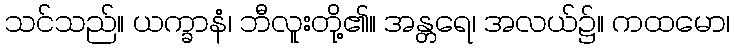
သင်သည်။ ယက္ခာနံ၊ ဘီလူးတို့၏။ အန္တရေ၊ အလယ်၌။ ကထမော၊